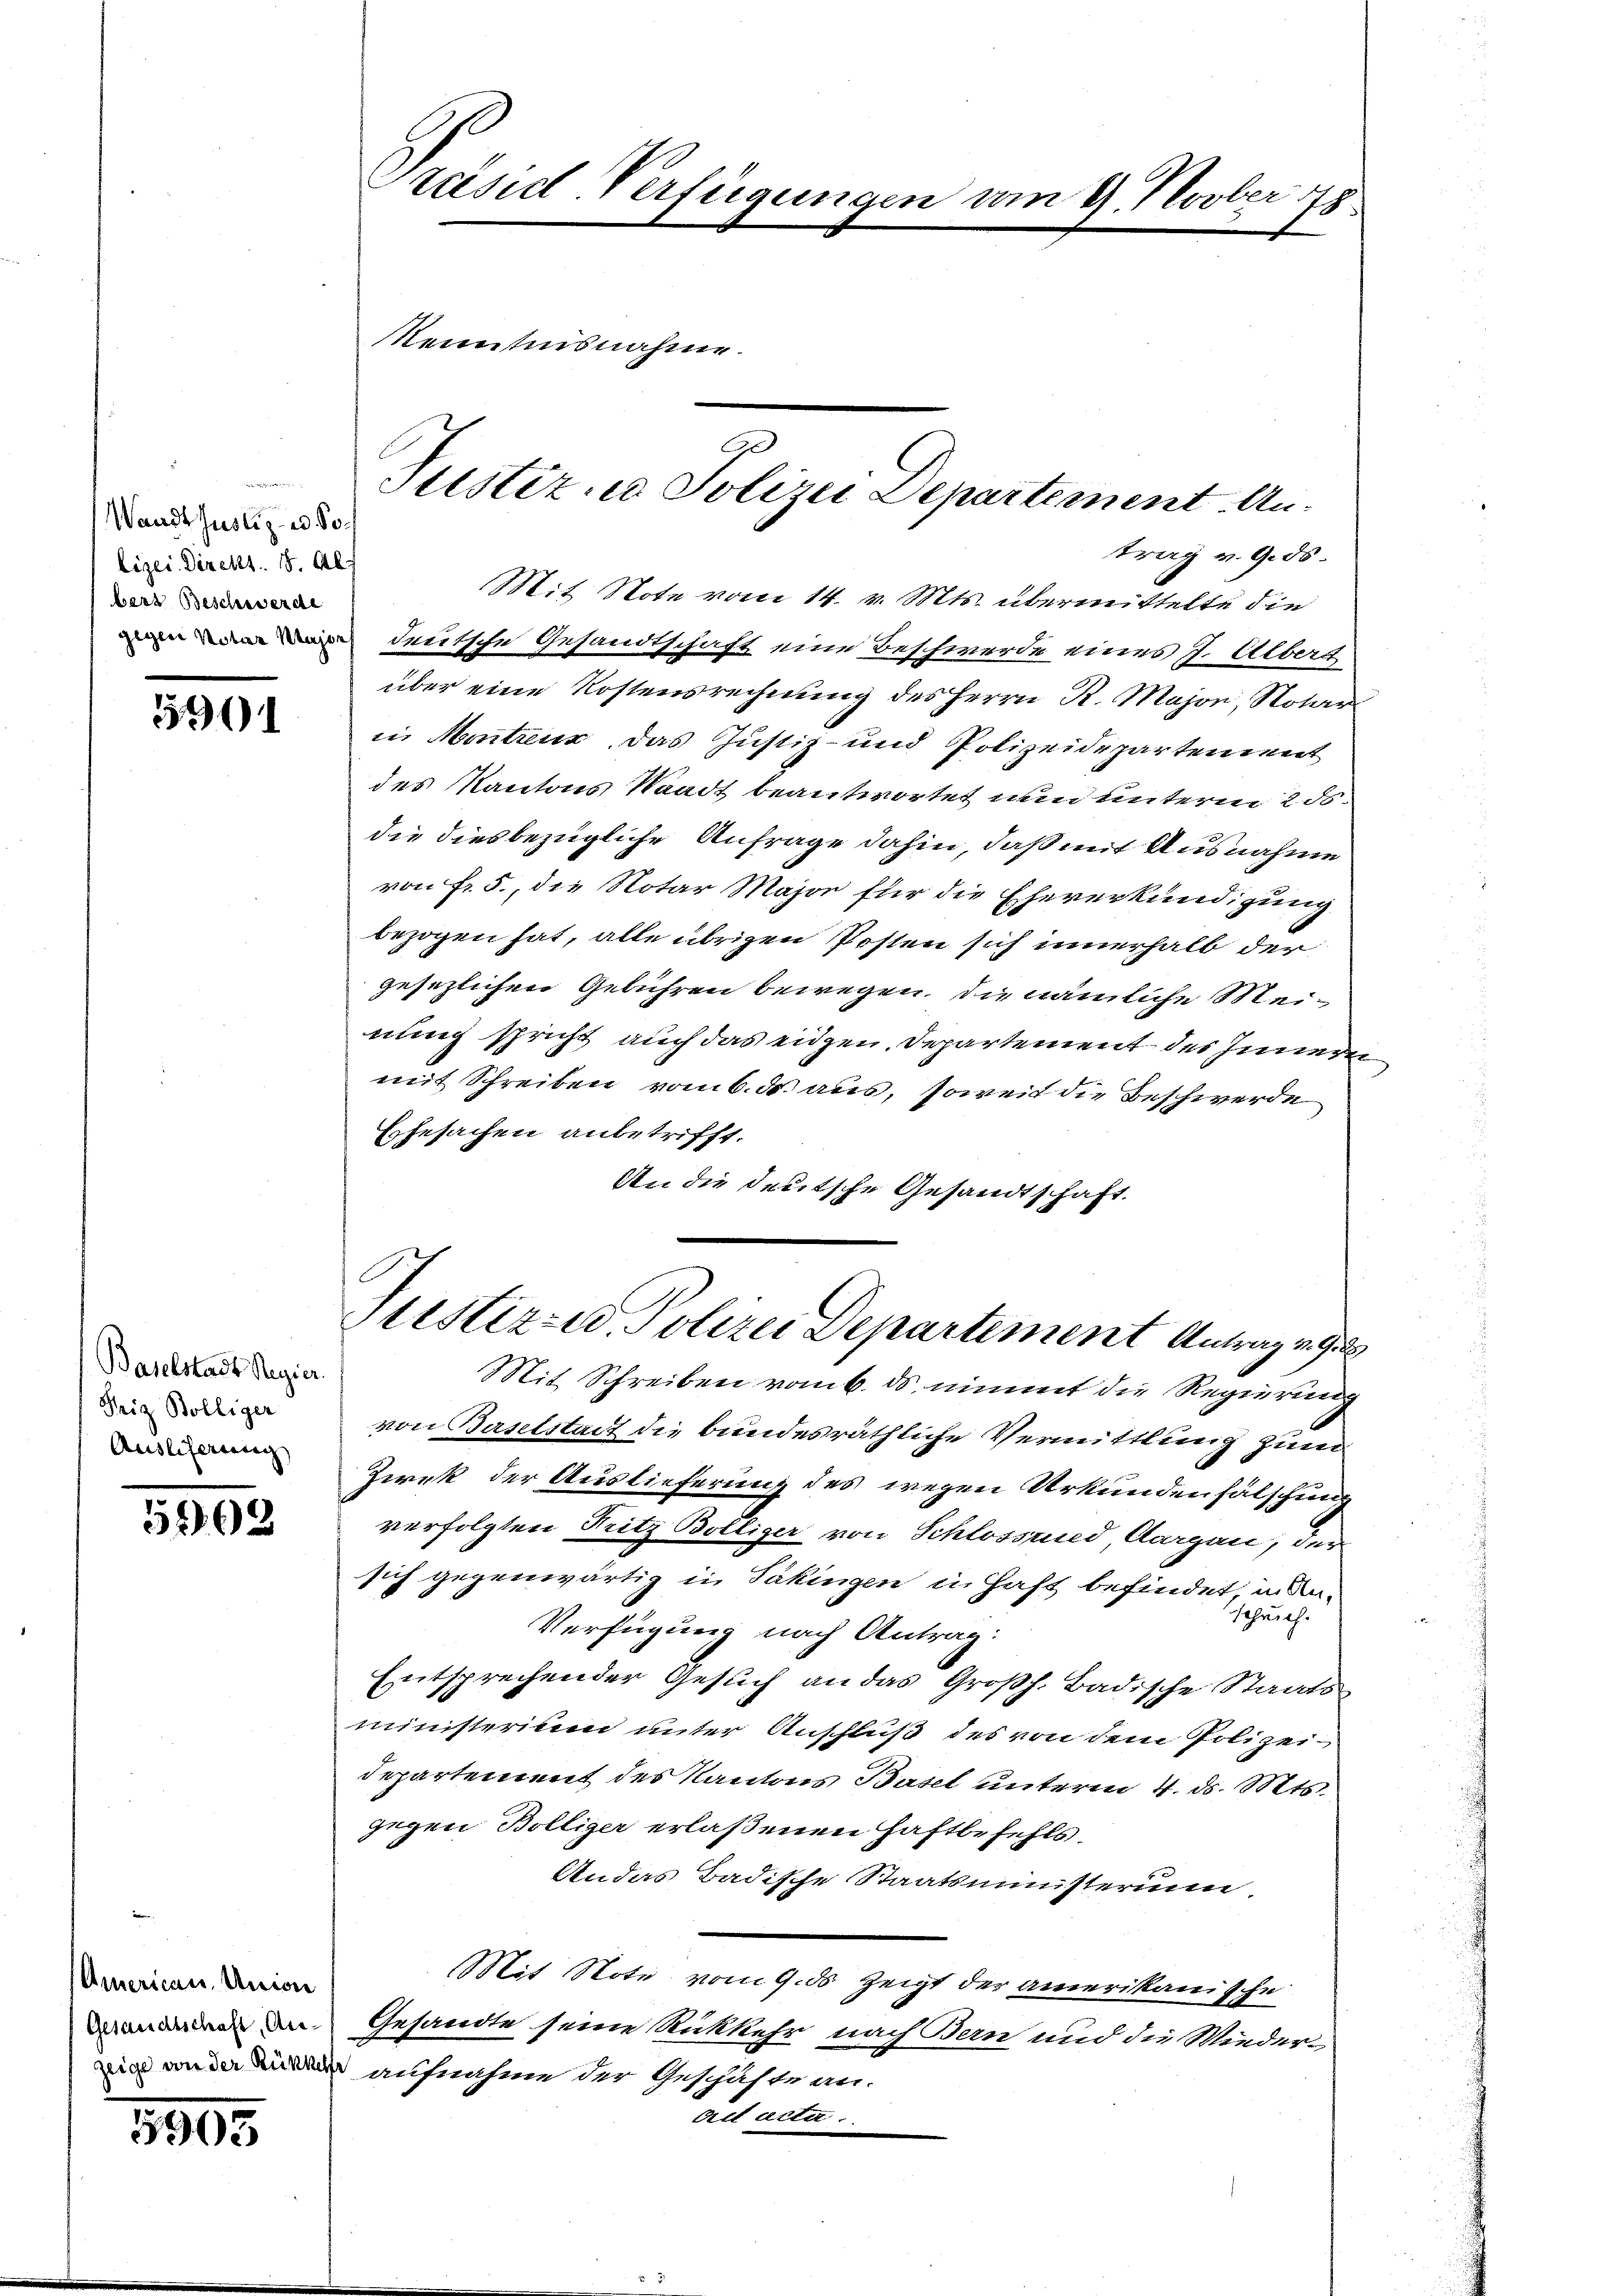
Waadt Justiz- u. So
lizei Direkt. 8. Als
bers Beschwerde

5901

Baselstadt Regier
Friz Bölliger
Auslieferung

562.

American. Union
Gesandtschaft, Anzeige von der Rükker

3903

Präsid-Verfügungen am 27. Novber 1778
Kenntnisnahme.
Justiz u. Polizei Departement. An¬

trag v. Gids.
Mit Note vom 14. v. Mts. übermittelte die
deutsche Gesandtschaft eine Beschwerde eines J. Alberg
über eine Kostensrechnung des Herrn R. Major, Notar
in Montreux, das Justiz- und Polizeidepartement
des Kantons Waadt beantwortet und unterm 2. ds.
die diesbezügliche Anfrage dahin, daß mit Ausnahme
von Fr. 5., die Notar Major für die Eheverkundigung
bezogen hat, alle übrigen Posten sich innerhalb der
gesezlichen Gebühren bewegen, die nämliche Meinung spricht auch das eidgen. Departement des Inneren
mit Schreiben vom 6. ds. aus, soweit die Beschwerde
Ehesachen anbetrifft.
An die deutsche Gesandtschaft.
Mit Schreiben vom 6. ds. nimmt die Regierung
von Baselstadt die bundesräthliche Vermittlung zum
Zirek der Auslieferung des wegen Urkundenfälschung
verfolgten Fritz Bölliger von Schlossried, Aargau, der
sich gegenwärtig in Päkingen in Haft befindet, unanschrich.
Verfügung nach Antrag:
Entsprechender Gesuch an das Großh. Badische Staats
ministerium unter Anschluß des von dem Polizei¬
Departement des Kantons Basel unterm 4. d. Mts.
gegen Bölliger erlaßenen Haftbefehls.
Andas Badische Staatsministerum.
Mit Note vom 9. ds zeigt der amerikanische
Gesandte seine Rückkehr nach Bern und die Wiederaufnahme der Geschäfte an.
cet acta.

Sistiren, Polizei Departement Antrag v. G